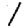
Digit: 1